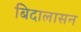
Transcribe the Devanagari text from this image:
बिदालासन